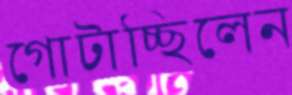
গোটাচ্ছিলেন